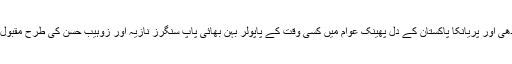
راہول گاندھی اور پریانکا پاکستان کے دل پھینک عوام میں کسی وقت کے پاپولر بہن بھائی پاپ سنگرز نازیہ اور زوہیب حسن کی طرح مقبول رہے ہیں۔